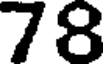
78